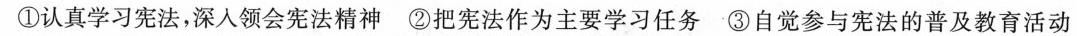
①认真学习宪法，深入领会宪法精神②把宪法作为主要学习任务-③自觉参与宪法的普及教育活动